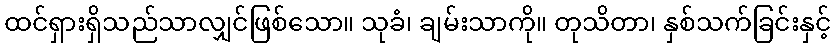
ထင်ရှားရှိသည်သာလျှင်ဖြစ်သော။ သုခံ၊ ချမ်းသာကို။ တုသိတာ၊ နှစ်သက်ခြင်းနှင့်